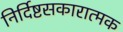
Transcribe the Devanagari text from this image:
निर्दिष्टसकारात्मक